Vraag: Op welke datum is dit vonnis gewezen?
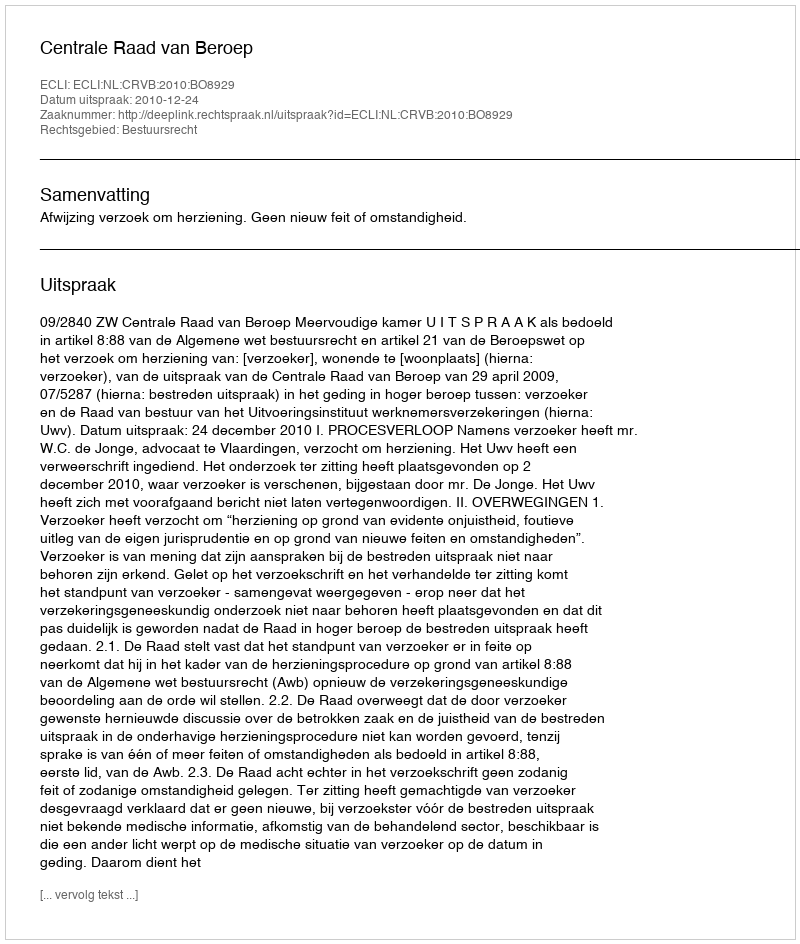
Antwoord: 2010-12-24